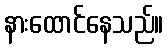
နားထောင်နေသည်။